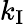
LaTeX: k_{\mathrm{I}}